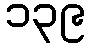
၁၃၉